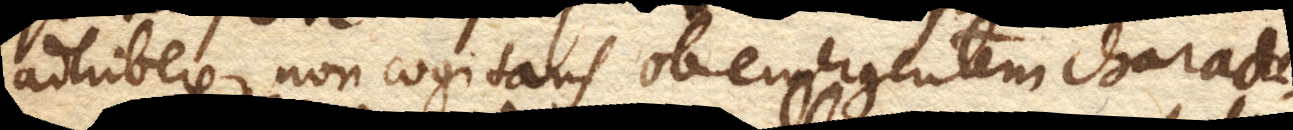
adhibere, non cogitans ob emergentem characte–